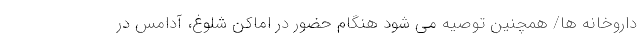
داروخانه ها/ همچنین توصیه می شود هنگام حضور در اماکن شلوغ، آدامس در